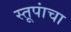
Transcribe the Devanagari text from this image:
स्तूपांचा